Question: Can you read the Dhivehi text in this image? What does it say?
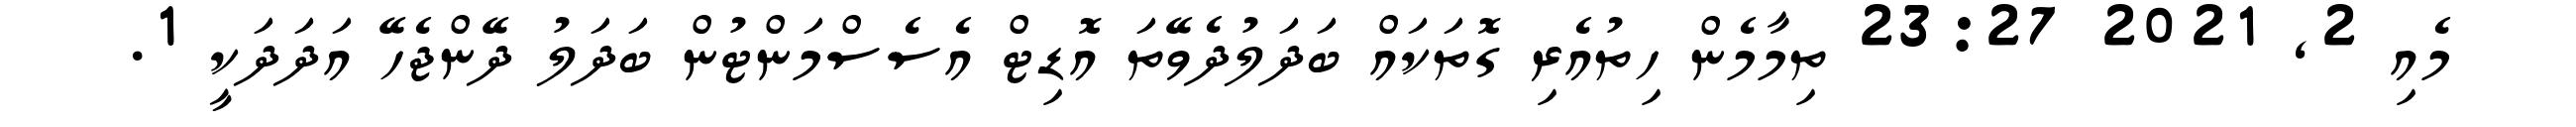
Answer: މެއި 2, 2021 23:27 ތިމާމެން ހިތުއެރި ގޮތަކައް ބަދަލުދެވޭތަ އޮޑިޓް އެސެސްމަންޓުން ބަދަލު ދޭންޖެހޭ އަދަދަކީ 1.